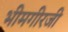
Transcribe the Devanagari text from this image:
भीमगीरजी